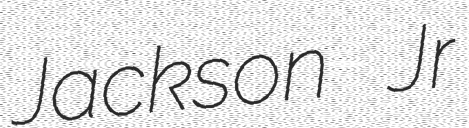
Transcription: Jackson Jr